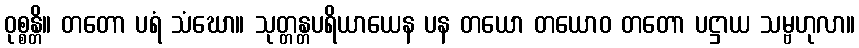
ဝုစ္စန္တိ။ တတော ပရံ သံဃော။ သုတ္တန္တပရိယာယေန ပန တယော တယောဝ တတော ပဋ္ဌာယ သမ္ဗဟုလာ။